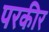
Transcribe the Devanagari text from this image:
परकीर